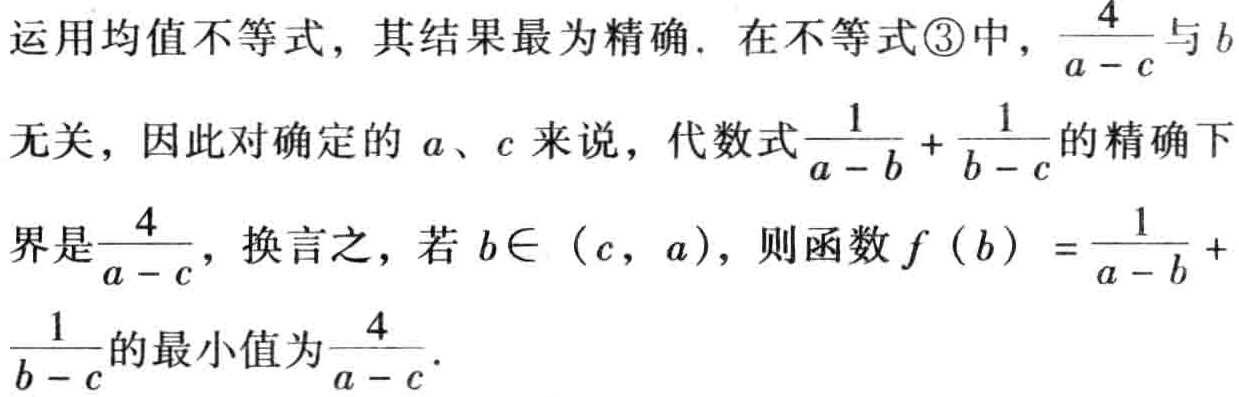
运用均值不等式，其结果最为精确. 在不等式\textcircled{3}中，$\frac{4}{a - c}$与$b$无关，因此对确定的$a$、$c$来说，代数式$\frac{1}{a - b} + \frac{1}{b - c}$的精确下界是$\frac{4}{a - c}$，换言之，若$b\in (c,a)$，则函数$f(b)=\frac{1}{a - b}+\frac{1}{b - c}$的最小值为$\frac{4}{a - c}$.